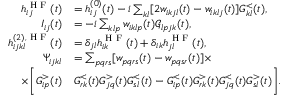
\begin{array} { r l } { h _ { i j } ^ { \textrm { H F } } ( t ) } & { = h _ { i j } ^ { ( 0 ) } ( t ) - i \sum _ { k l } [ 2 w _ { i k j l } ( t ) - w _ { i k l j } ( t ) ] G _ { k l } ^ { < } ( t ) , } \\ { I _ { i j } ( t ) } & { = - i \sum _ { k l p } w _ { i k l p } ( t ) \mathcal { G } _ { l p j k } ( t ) , } \\ { h _ { i j k l } ^ { ( 2 ) , \textrm { H F } } ( t ) } & { = \delta _ { j l } h _ { i k } ^ { \textrm { H F } } ( t ) + \delta _ { i k } h _ { j l } ^ { \textrm { H F } } ( t ) , } \\ { \Psi _ { i j k l } } & { = \sum _ { p q r s } [ w _ { p q r s } ( t ) - w _ { p q s r } ( t ) ] \times } \\ { \times \bigg [ G _ { i p } ^ { > } ( t ) } & { G _ { r k } ^ { < } ( t ) G _ { j q } ^ { > } ( t ) G _ { s l } ^ { < } ( t ) - G _ { i p } ^ { < } ( t ) G _ { r k } ^ { > } ( t ) G _ { j q } ^ { < } ( t ) G _ { s l } ^ { > } ( t ) \bigg ] . } \end{array}